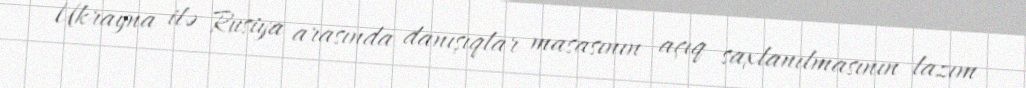
Ukrayna ilə Rusiya arasında danışıqlar masasının açıq saxlanılmasının lazım